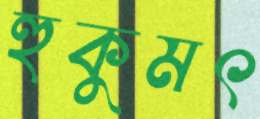
হুকুমৎ